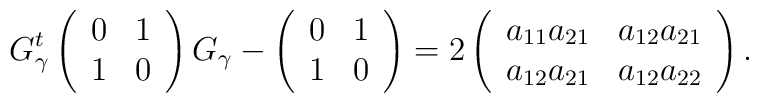
G_\gamma^t \left(\begin{array}{c}0\\1\end{array}\begin{array}{cc}1\\0\end{array}\right)G_\gamma - \left(\begin{array}{c}0\\1\end{array}\begin{array}{cc}1\\0\end{array}\right)=2\left(\begin{array}{c}a_{11}a_{21}\\a_{12}a_{21}\end{array}\begin{array}{cc}a_{12}a_{21}\\a_{12}a_{22}\end{array}\right).